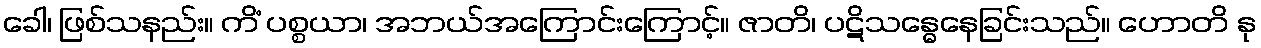
ခေါ၊ ဖြစ်သနည်း။ ကိံ ပစ္စယာ၊ အဘယ်အကြောင်းကြောင့်။ ဇာတိ၊ ပဋိသန္ဓေနေခြင်းသည်။ ဟောတိ နု